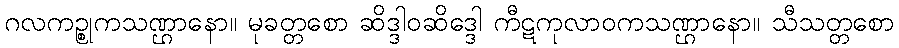
ဂလကဉ္စုကသဏ္ဌာနော။ မုခတ္တစော ဆိဒ္ဒါဝဆိဒ္ဒေါ ကီဋကုလာဝကသဏ္ဌာနော။ သီသတ္တစော